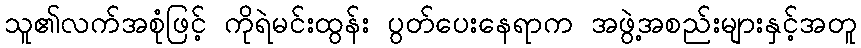
သူ၏လက်အစုံဖြင့် ကိုရဲမင်းထွန်း ပွတ်ပေးနေရာက အဖွဲ့အစည်းများနှင့်အတူ